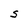
Character: S